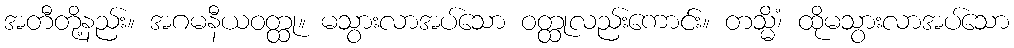
အတီတို့နည်း။ အဂမနီယဝတ္ထု။ မသွားလာအပ်သော ဝတ္ထုလည်းကောင်း။ တသ္မိံ၊ ထိုမသွားလာအပ်သော